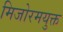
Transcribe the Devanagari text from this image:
मिजोरमयुक्त